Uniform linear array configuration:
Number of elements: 8
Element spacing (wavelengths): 0.5
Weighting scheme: blackman
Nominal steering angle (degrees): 15
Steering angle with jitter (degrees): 14.314
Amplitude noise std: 0.05
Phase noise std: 0.05

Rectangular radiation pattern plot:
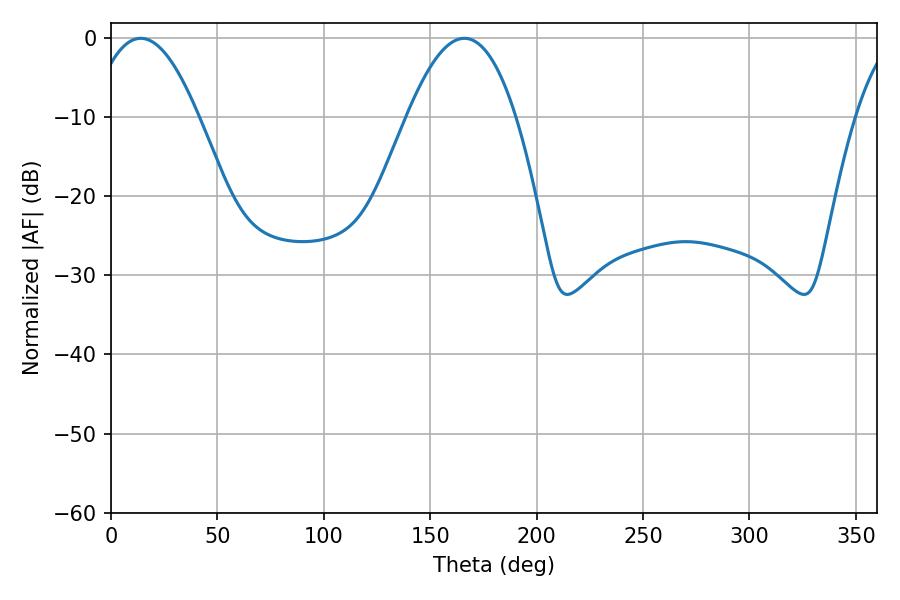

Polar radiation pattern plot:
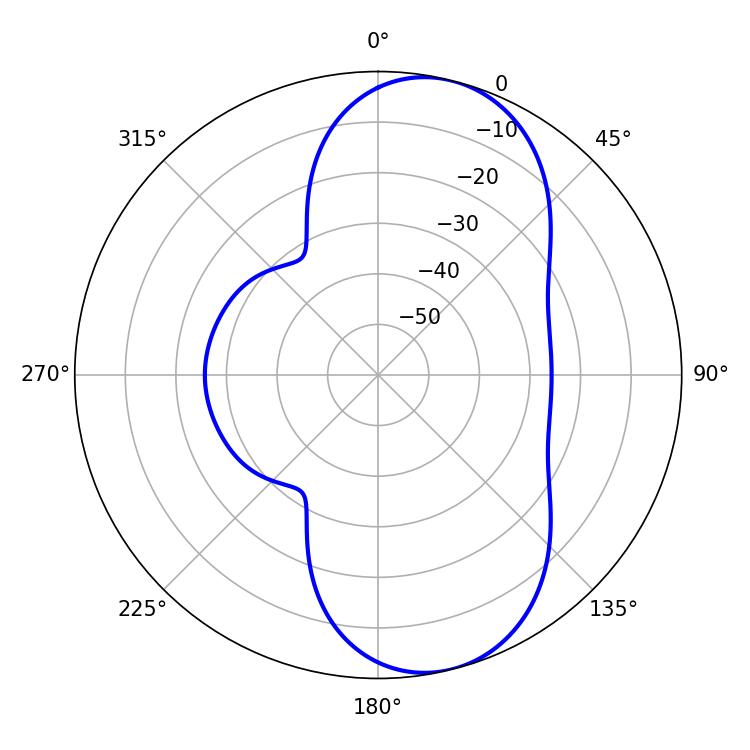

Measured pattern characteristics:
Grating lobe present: FALSE
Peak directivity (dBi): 8.717
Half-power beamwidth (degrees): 28.08
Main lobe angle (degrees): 14.04